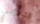
الجنوبي